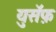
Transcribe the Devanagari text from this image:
युसॅफ़